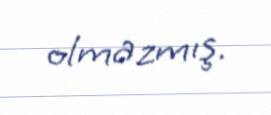
olmazmış.